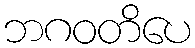
ဘဂဝတိပေ